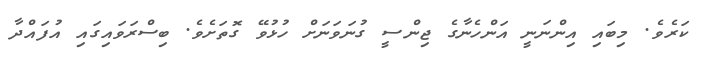
ކަރެވެ. މިބައި އިންނަނީ އަންހެނާގެ ޖިންސީ ގުނަވަނަށް ހުޅުވޭ ގޮތަށެވެ. ބިސްރަވައިގައި އުފައްދާ